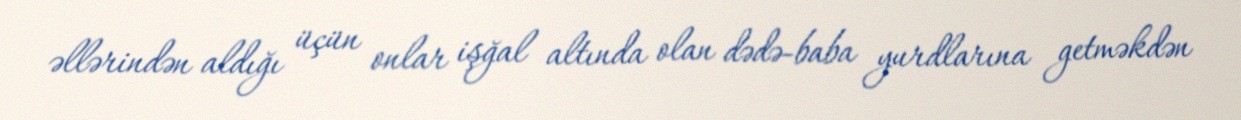
əllərindən aldığı üçün onlar işğal altında olan dədə-baba yurdlarına getməkdən